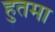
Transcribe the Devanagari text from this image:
हुतमा